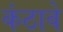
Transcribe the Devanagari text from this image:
कंठावे